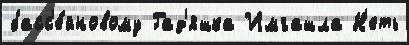
басс'е́йновому Гад'яшка Имгашла Н'еть